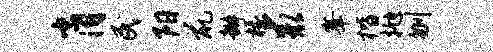
肖民阳鼠瓣椽求峰楷抛刎